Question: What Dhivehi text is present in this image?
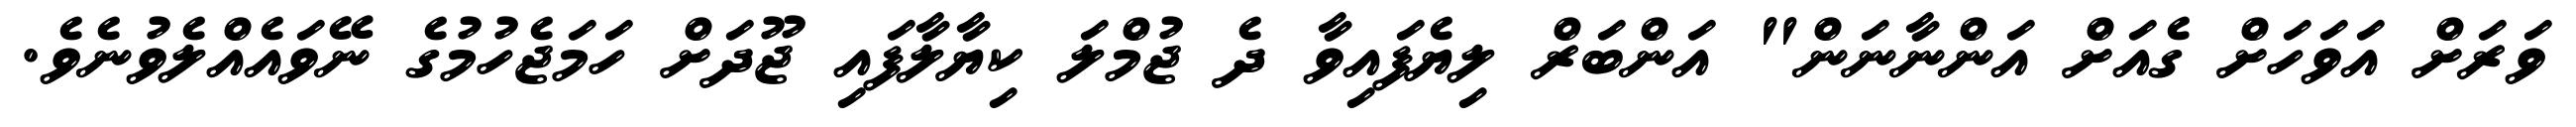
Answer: ވަރަށް އަވަހަށް ގެއަށް އަންނާނަން" އަންބަރް ލިޔެފައިވާ ދެ ޖުމްލަ ކިޔާލާފައި ޖޫދަށް ހަމަޖެހުމުގެ ނޭވައެއްލެވުނެވެ.